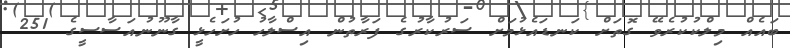
ބައެއް މިލްކުކުރެވޭ ގޮތަށް ކަނޑައެޅުމަށް ސަރުކާރުގެ ފަރާތުން އިސްލާހު ހުށަހެޅީ ގާނޫނުއަަސާސީގެ 251